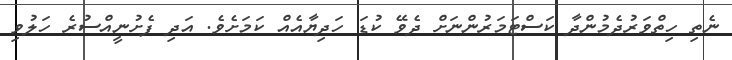
ނެތި ހިތްވަރުދެމުންދާ ކަސްޓަމަރުންނަށް ދެވޭ ކުޑަ ހަދިޔާއެއް ކަަމަށެވެ. އަދި ފެށުނީއްސުރެ ހަލުވި